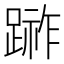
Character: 𨃼